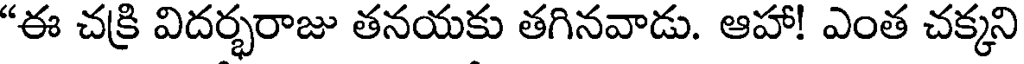
"ఈ చక్రి విదర్భరాజు తనయకు తగినవాడు. ఆహా! ఎంత చక్కని